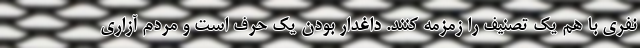
نفری با هم یک تصنیف را زمزمه کنند. داغدار بودن یک حرف است و مردم آزاری